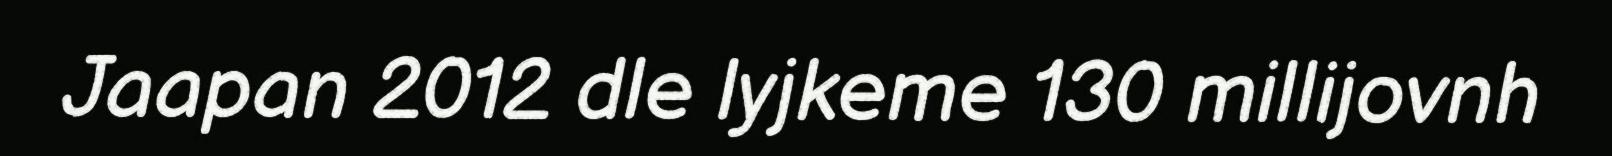
Jaapan 2012 dle lyjkeme 130 millijovnh